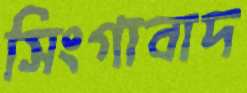
সিংগাবাদ